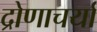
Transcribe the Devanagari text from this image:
द्रोणाचर्या